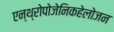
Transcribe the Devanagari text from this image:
एन्थ्रोपोजेनिकहेलोजन